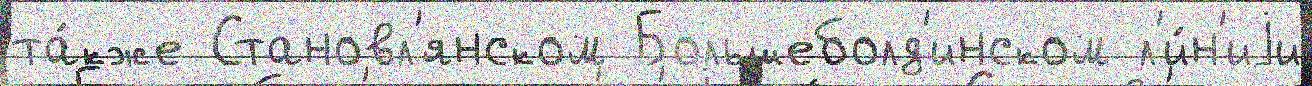
та́кже Становл'янском Большеболд'инском л'и́н'иjи